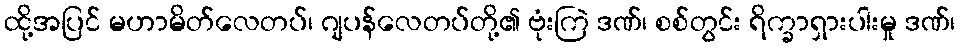
ထို့အပြင် မဟာမိတ်လေတပ်၊ ဂျပန်လေတပ်တို့၏ ဗုံးကြဲ ဒဏ်၊ စစ်တွင်း ရိက္ခာရှားပါးမှု ဒဏ်၊